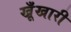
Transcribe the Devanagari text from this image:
खूँखारी